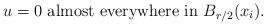
LaTeX: \begin{align*}u=0\mbox{ almost everywhere in } B_{r/2}(x_i).\end{align*}